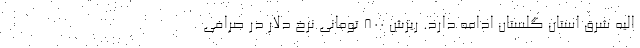
الیه شرق استان گلستان ادامه دارد. ریزش ۸۰۰ تومانی نرخ دلار در صرافی